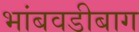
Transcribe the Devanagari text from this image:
भांबवडीबाग